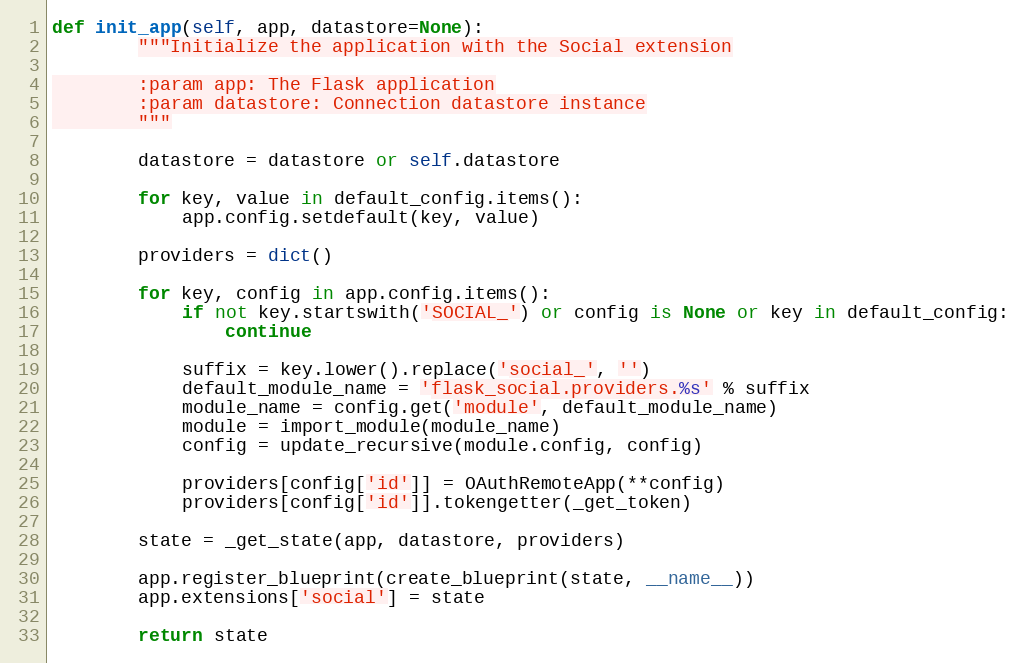
Language: Python
def init_app(self, app, datastore=None):
        """Initialize the application with the Social extension

        :param app: The Flask application
        :param datastore: Connection datastore instance
        """

        datastore = datastore or self.datastore

        for key, value in default_config.items():
            app.config.setdefault(key, value)

        providers = dict()

        for key, config in app.config.items():
            if not key.startswith('SOCIAL_') or config is None or key in default_config:
                continue

            suffix = key.lower().replace('social_', '')
            default_module_name = 'flask_social.providers.%s' % suffix
            module_name = config.get('module', default_module_name)
            module = import_module(module_name)
            config = update_recursive(module.config, config)

            providers[config['id']] = OAuthRemoteApp(**config)
            providers[config['id']].tokengetter(_get_token)

        state = _get_state(app, datastore, providers)

        app.register_blueprint(create_blueprint(state, __name__))
        app.extensions['social'] = state

        return state